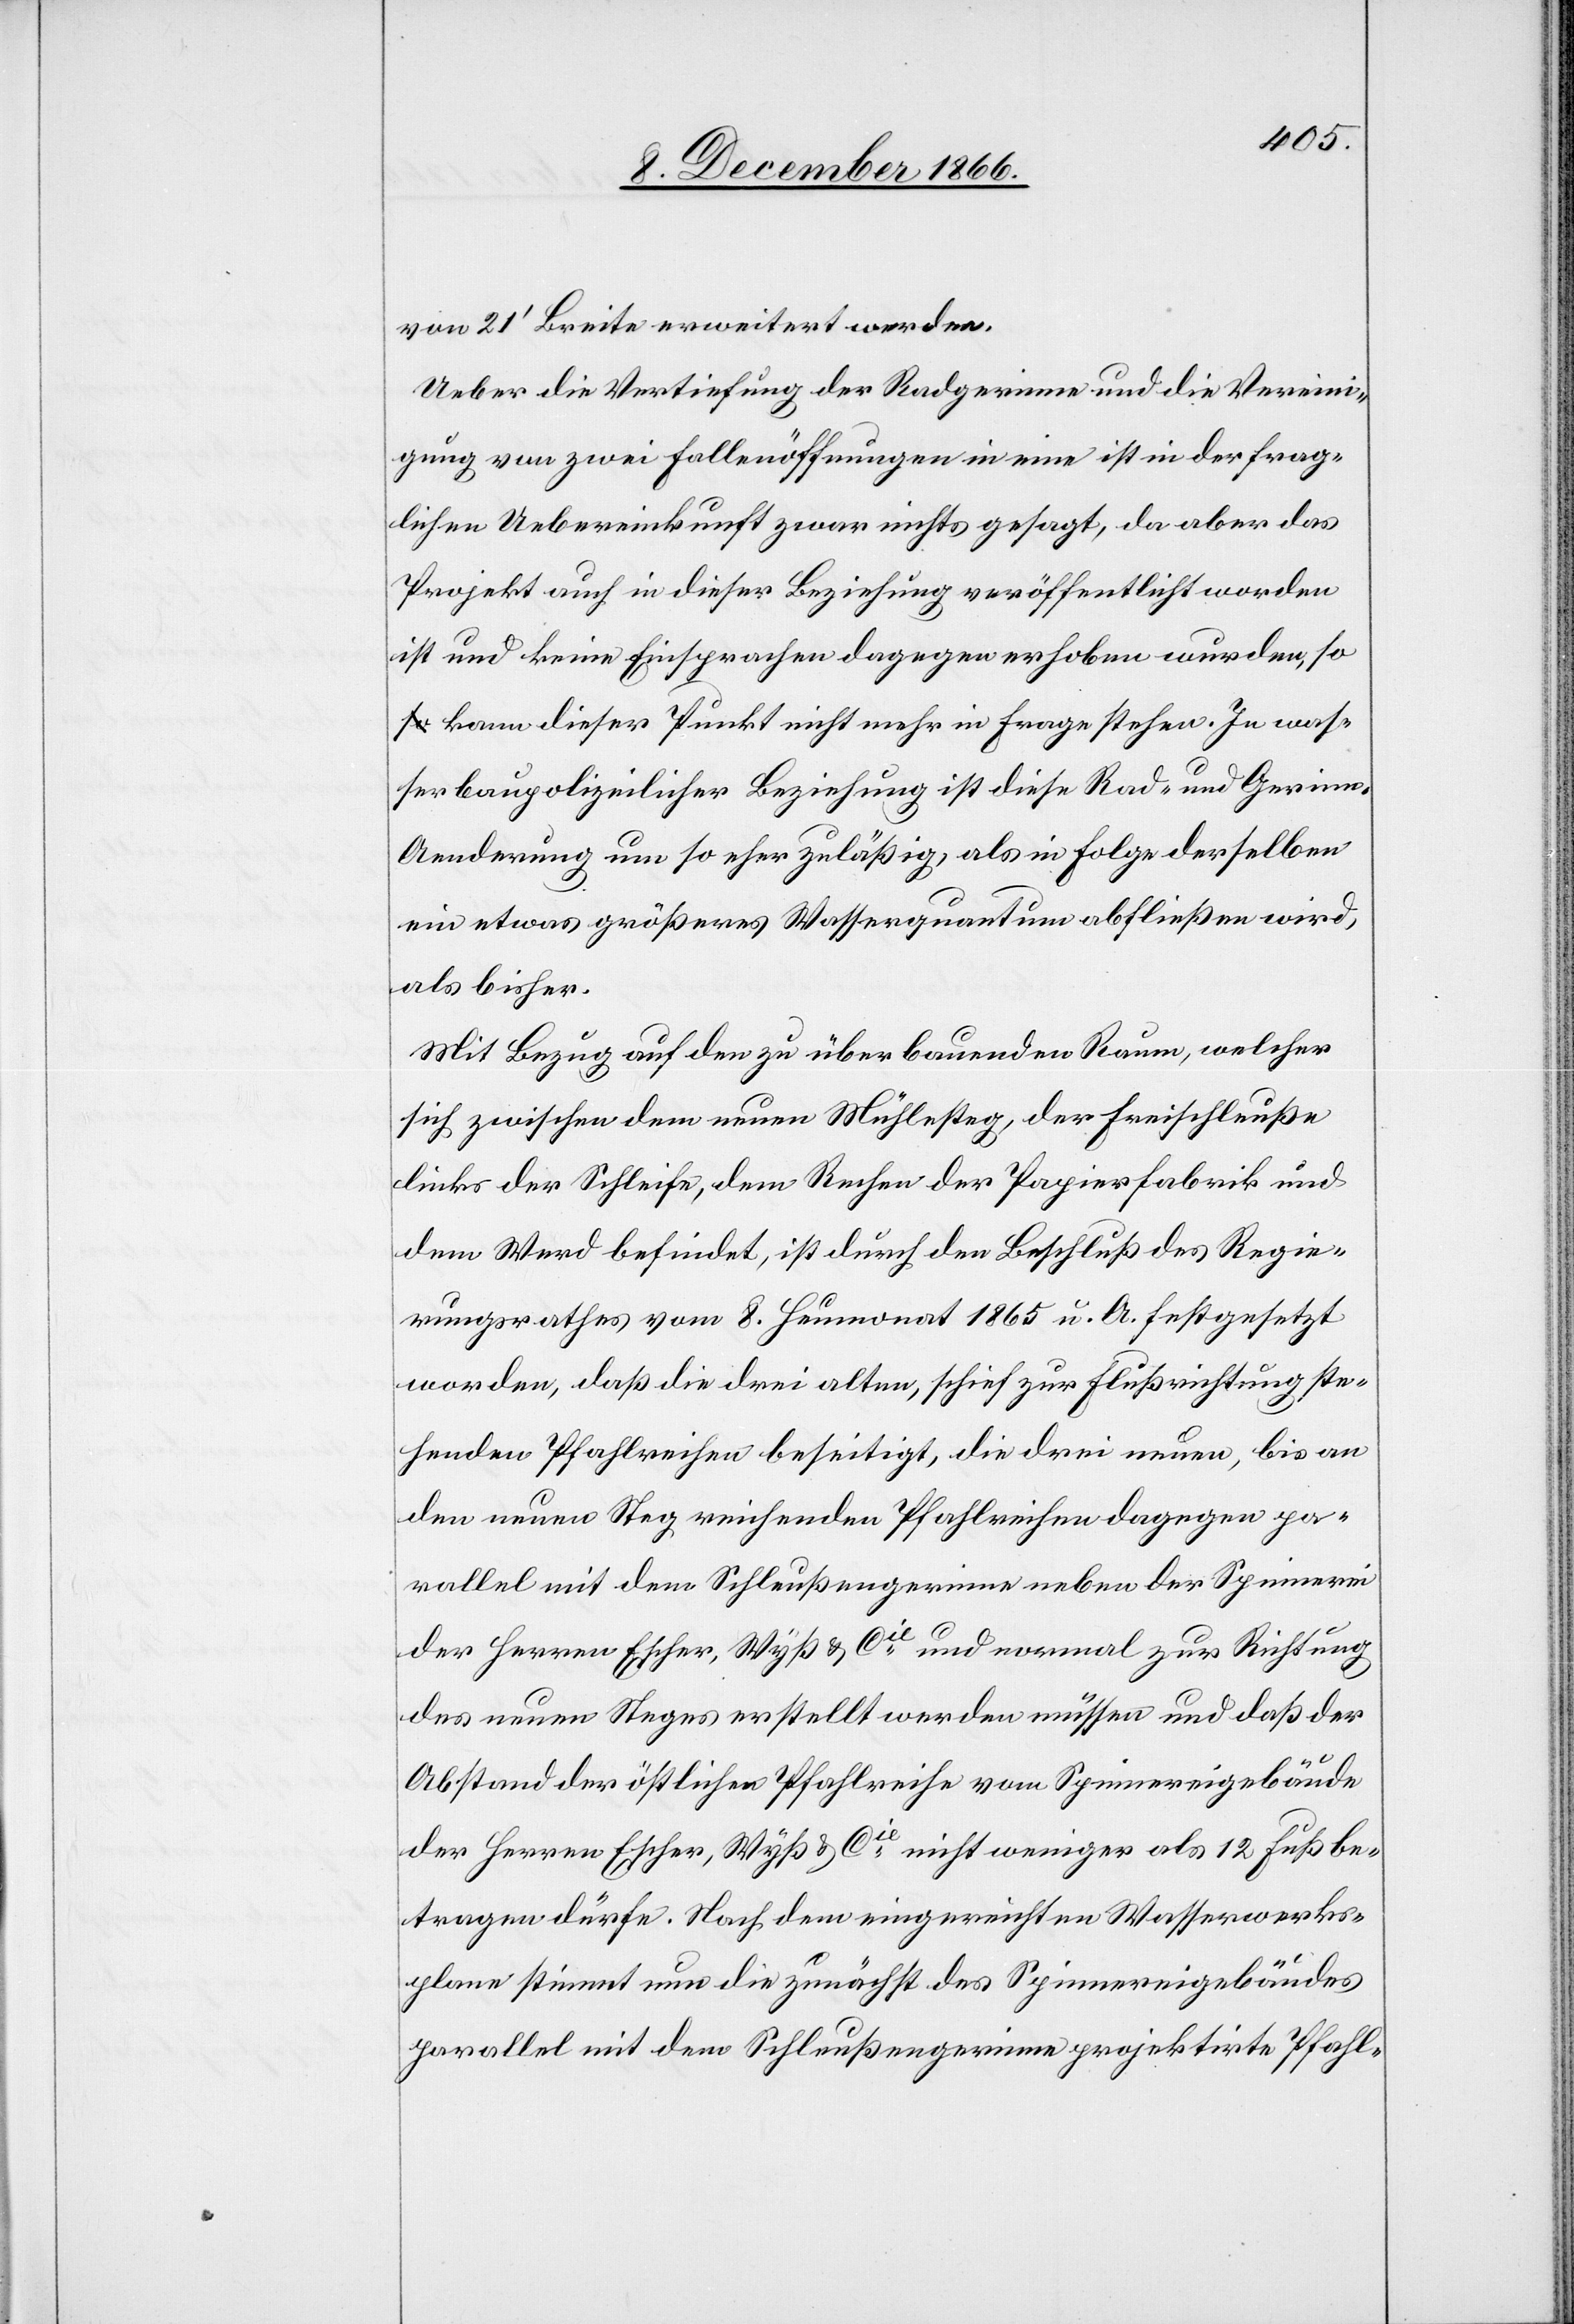
von 21‘ Breite erweitert werden.
Ueber die Vertiefung der Radgerinne und die Vereini¬
gung von zwei Fallenöffnungen in eine ist in der frag¬
lichen Uebereinkunft zwar nichts gesagt, da aber das
Projekt auch in dieser Beziehung veröffentlich worden
ist und keine Einsprachen dagegen erhoben wurden, so
kann dieser Punkt nicht mehr in Frage stehen. In was¬
serbaupolizeilicher Beziehung ist diese Rad- und Gerin¬
n-Aenderung um so eher zuläßig, als in Folge derselben
ein etwas größeres Wasserquantum abfließen wird,
als bisher.
Mit Bezug auf den zu überbauenden Raum, welcher
sich zwischen dem neuen Mühlesteg, der Freischleuße
links der Schleife, dem Rechen der Papierfabrik und
dem Werd befindet, ist durch den Beschluß des Regie¬
rungsrathes vom 8. Heumonat 1865 u. A. festgesetzt
worden, daß die drei alten, schief zur Flußrichtung ste¬
henden Pfahlreihen beseitigt, die drei neuen, bis an
den neuen Steg reichenden Pfahlreihen dagegen pa¬
rallel mit dem Schleußengerinne neben der Spinnerei
der Herren Escher, Wyß & Cie. und normal zur Richtung
des neuen Steges erstellt werden müssen und daß der
Abstand der östlichen Pfahlreihe vom Spinnereigebäude
der Herren Escher, Wyß & Cie. nicht weniger als 12 Fuß be¬
tragen dürfe. Nach dem eingereichten Wasserwerks¬
plane stimmt nun die zunächst des Spinnereigebäudes
parallel mit dem Schleußengerinne projektirte Pfahl-